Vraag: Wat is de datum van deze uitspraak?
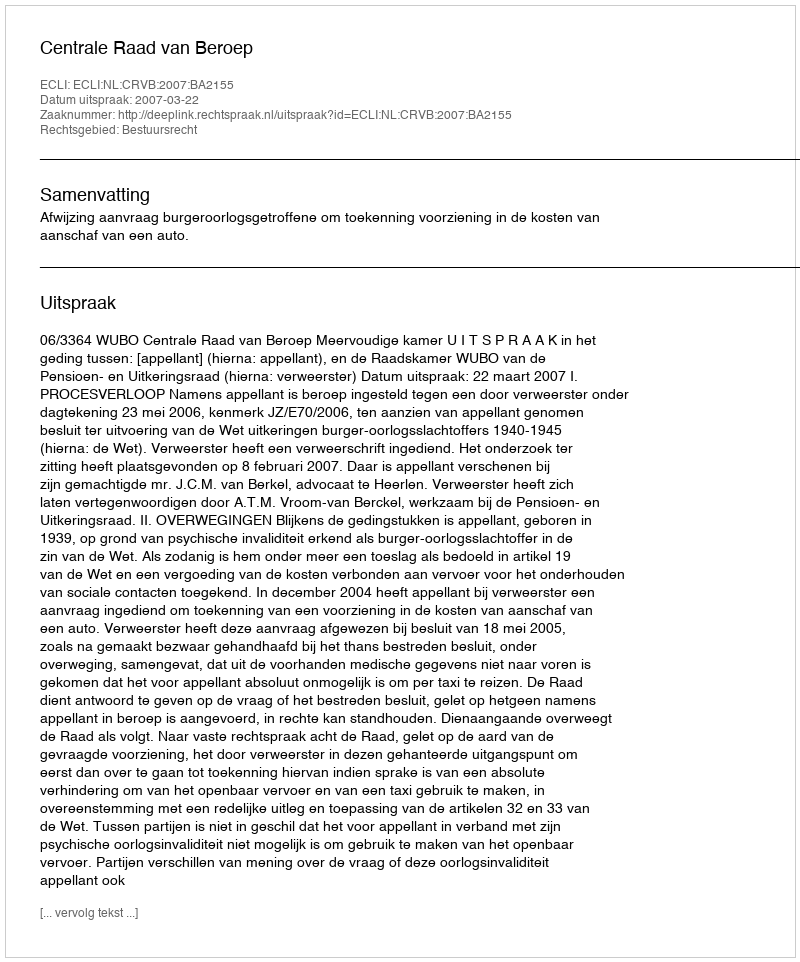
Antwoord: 2007-03-22